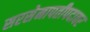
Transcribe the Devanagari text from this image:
सरसेनापतीपदावर